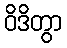
ဝိဒိတွာ